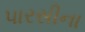
પારસીના